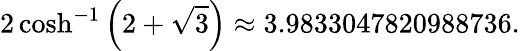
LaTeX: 2\cosh^{-1}\left(2+{\sqrt{3}}\right)\approx 3.9833047820988736.